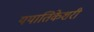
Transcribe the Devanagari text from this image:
ययातिकेशरी